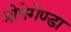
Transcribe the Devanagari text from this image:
प्रोपेगेण्डा